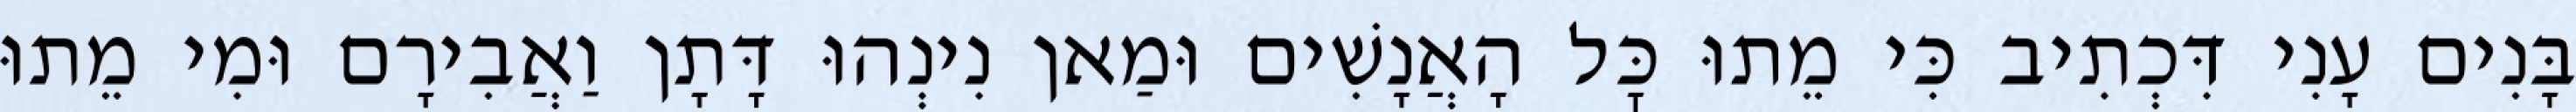
בָּנִים עָנִי דִּכְתִיב כִּי מֵתוּ כׇּל הָאֲנָשִׁים וּמַאן נִינְהוּ דָּתָן וַאֲבִירָם וּמִי מֵתוּ